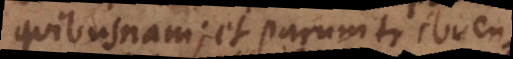
quibusnam; et parum tribuen